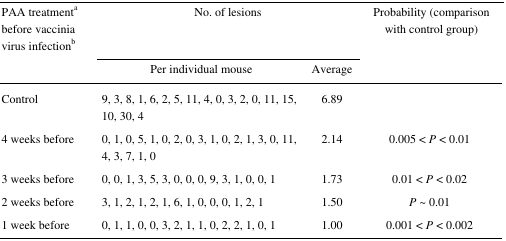
| <ROWSPAN=2> PAA treatmenta before vaccinia virus infectionb | <COLSPAN=2> No. of lesions | <ROWSPAN=2> Probability (comparison with control group) |
 | Per individual mouse | Average |
 | --- | --- | --- | --- |
 | Control | 9, 3, 8, 1, 6, 2, 5, 11, 4, 0, 3, 2, 0, 11, 15, 10, 30, 4 | 6.89 |  |
 | 4 weeks before | 0, 1, 0, 5, 1, 0, 2, 0, 3, 1, 0, 2, 1, 3, 0, 11, 4, 3, 7, 1, 0 | 2.14 | 0.005 < P < 0.01 |
 | 3 weeks before | 0, 0, 1, 3, 5, 3, 0, 0, 0, 9, 3, 1, 0, 0, 1 | 1.73 | 0.01 < P < 0.02 |
 | 2 weeks before | 3, 1, 2, 1, 2, 1, 6, 1, 0, 0, 0, 1, 2, 1 | 1.50 | P ∼ 0.01 |
 | 1 week before | 0, 1, 1, 0, 0, 3, 2, 1, 1, 0, 2, 2, 1, 0, 1 | 1.00 | 0.001 < P < 0.002 |